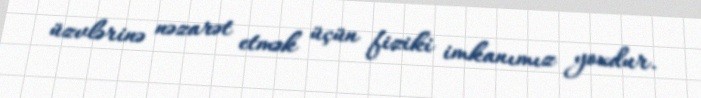
üzvlərinə nəzarət etmək üçün fiziki imkanımız yoxdur.